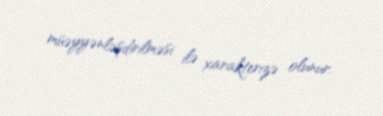
müəyyənləşdirilməsi ilə xarakterizə olunur.